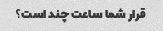
قرار شما ساعت چند است؟